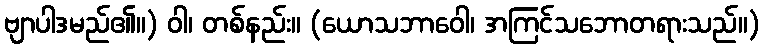
ဗျာပါဒမည်၏။) ဝါ၊ တစ်နည်း။ (ယောသဘာဝေါ၊ အကြင်သဘောတရားသည်။)